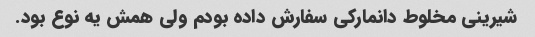
شیرینی مخلوط دانمارکی سفارش داده بودم ولی همش یه نوع بود.